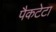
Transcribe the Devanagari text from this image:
पैकटेटा